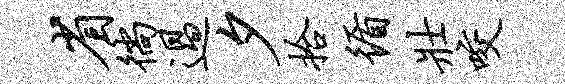
省徜过夕拾循壮咬